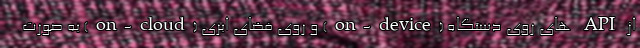
از API های روی دستگاه (on-device) و روی فضای ابری (on-cloud) به صورت